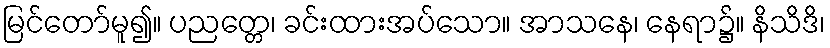
မြင်တော်မူ၍။ ပညတ္တေ၊ ခင်းထားအပ်သော။ အာသနေ၊ နေရာ၌။ နိသိဒိ၊